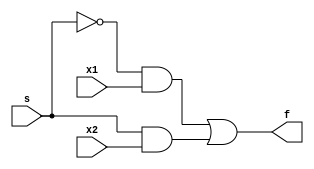

// 2
module f (
    x1,
    x2,
    s,
    f
);

input x1,x2,s;
output f;

not(k,s);
and(g,k,x1);
and(h,s,x2);
or(f,g,h);


endmodule